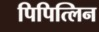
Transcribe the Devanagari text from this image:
पिपित्लिन